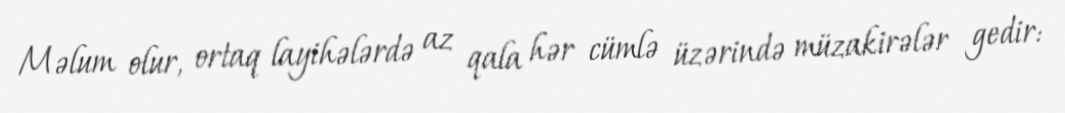
Məlum olur, ortaq layihələrdə az qala hər cümlə üzərində müzakirələr gedir: